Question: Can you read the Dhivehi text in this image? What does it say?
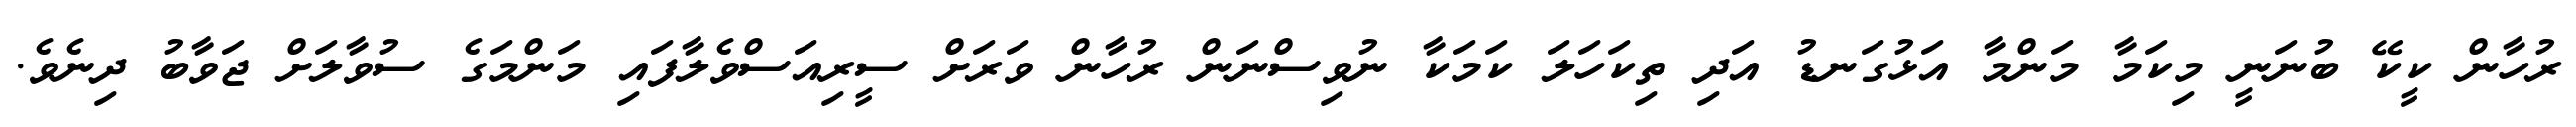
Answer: ރުހާން ކީކޭ ބުނަނީ މިކަމާ މަންމާ އަޅުގަނޑު އަދި ތިކަހަލަ ކަމަކާ ނުވިސްނަން ރުހާން ވަރަށް ސީރިއަސްވެލާފައި މަންމަގެ ސުވާލަށް ޖަވާބު ދިނެވެ.